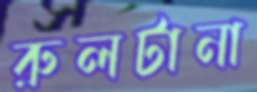
রুলটানা